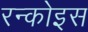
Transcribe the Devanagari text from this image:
रन्कोइस